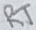
Text: RT